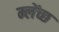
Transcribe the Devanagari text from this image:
म्लेंच्छ